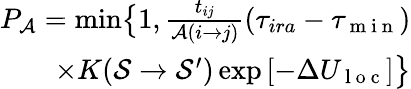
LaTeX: \begin{array}{r}{P_{\mathcal{A}}=\operatorname*{min}\bigr\{ 1,\frac{t_{ij}}{\mathcal{A}(i\rightarrow j)}\left(\tau_{ira}-\tau_{\mathrm{~m~i~n~}}\right)}\\ {\times K(\mathcal{S}\rightarrow\mathcal{S}^{\prime})\exp\left[-\Delta U_{\mathrm{~l~o~c~}}\right]\bigr\} }\end{array}